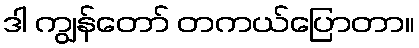
ဒါ ကျွန်တော် တကယ်ပြောတာ။